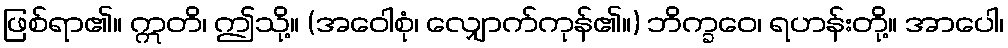
ဖြစ်ရာ၏။ ဣတိ၊ ဤသို့။ (အဝေါစုံ၊ လျှောက်ကုန်၏။) ဘိက္ခဝေ၊ ရဟန်းတို့။ အာပေါ၊